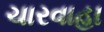
ચારવાહા